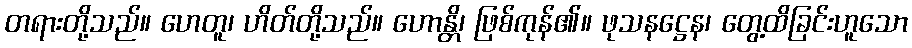
တရားတို့သည်။ ဟေတူ၊ ဟိတ်တို့သည်။ ဟောန္တိ၊ ဖြစ်ကုန်၏။ ဖုသနဋ္ဌေန၊ တွေ့ထိခြင်းဟူသော